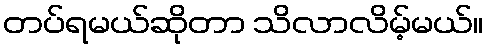
တပ်ရမယ်ဆိုတာ သိလာလိမ့်မယ်။